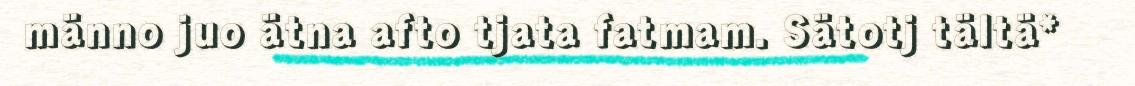
männo juo ätna afto tjata fatmam. Sätotj tältä*